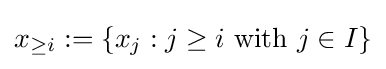
x_{\geq i}:=\left\{x_{j}:j\geq i{\text{ with }}j\in I\right\}